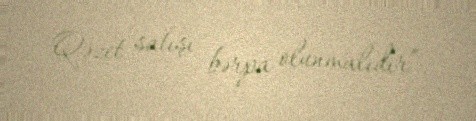
Qəzet satışı bərpa olunmalıdır”.